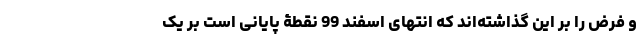
و فرض را بر این گذاشته‌اند که انتهای اسفند 99 نقطۀ پایانی است بر یک